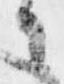
々